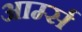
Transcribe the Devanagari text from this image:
आर्म्‍स